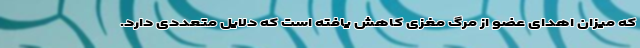
که میزان اهدای عضو از مرگ مغزی کاهش یافته است که دلایل متعددی دارد.